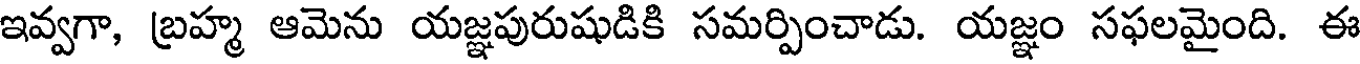
ఇవ్వగా, బ్రహ్మ ఆమెను యజ్ఞపురుషుడికి సమర్పించాడు. యజ్ఞం సఫలమైంది. ఈ